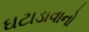
ઘટાડાવાનો